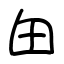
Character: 甶